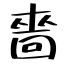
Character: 嗇